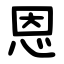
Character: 恩